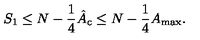
S _ { 1 } \leq N - \frac { 1 } { 4 } \hat { A } _ { \mathrm { c } } \leq N - \frac { 1 } { 4 } A _ { \mathrm { m a x } } .